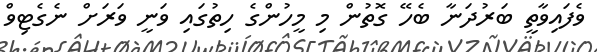
ވެފައިވާތީ ބަރުދަނާ ބެހޭ ގޮތުން މި މީހުންގެ ހިތުގައި ވަނީ ވަރަށް ނެގެޓިވް